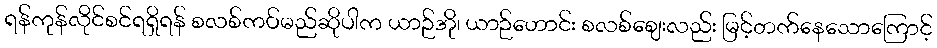
ရန်ကုန်လိုင်စင်ရရှိရန် စလစ်ကပ်မည်ဆိုပါက ယာဉ်အို၊ ယာဉ်ဟောင်း စလစ်ဈေးလည်း မြင့်တက်နေသောကြောင့်